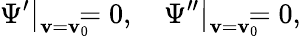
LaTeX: \left.\Psi^{\prime}\right\vert_{\mathbf{v}=\mathbf{v}_{0}}\! \! \! \! =0,\quad\left.\Psi^{\prime\prime}\right\vert_{\mathbf{v}=\mathbf{v}_{0}}\! \! \! \! =0,